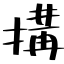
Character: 搆